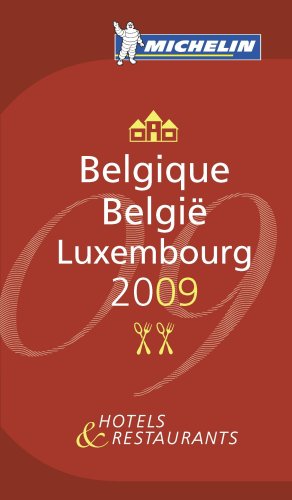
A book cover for Belgique - Luxembourg 2009 Annual Guide 2009 (Michelin Red Guides); Travel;